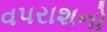
વપરાશનો